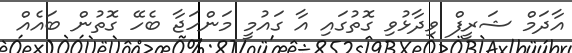
އާދަމް ޝަރީފް ވިދާޅުވި ގޮތުގައި އާ ގައުމީ މަންހަޖާ ބެހޭ ގޮތުން ބައެއް